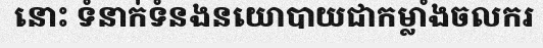
នោះ ទំនាក់ទំនងនយោបាយជាកម្លាំងចលករ